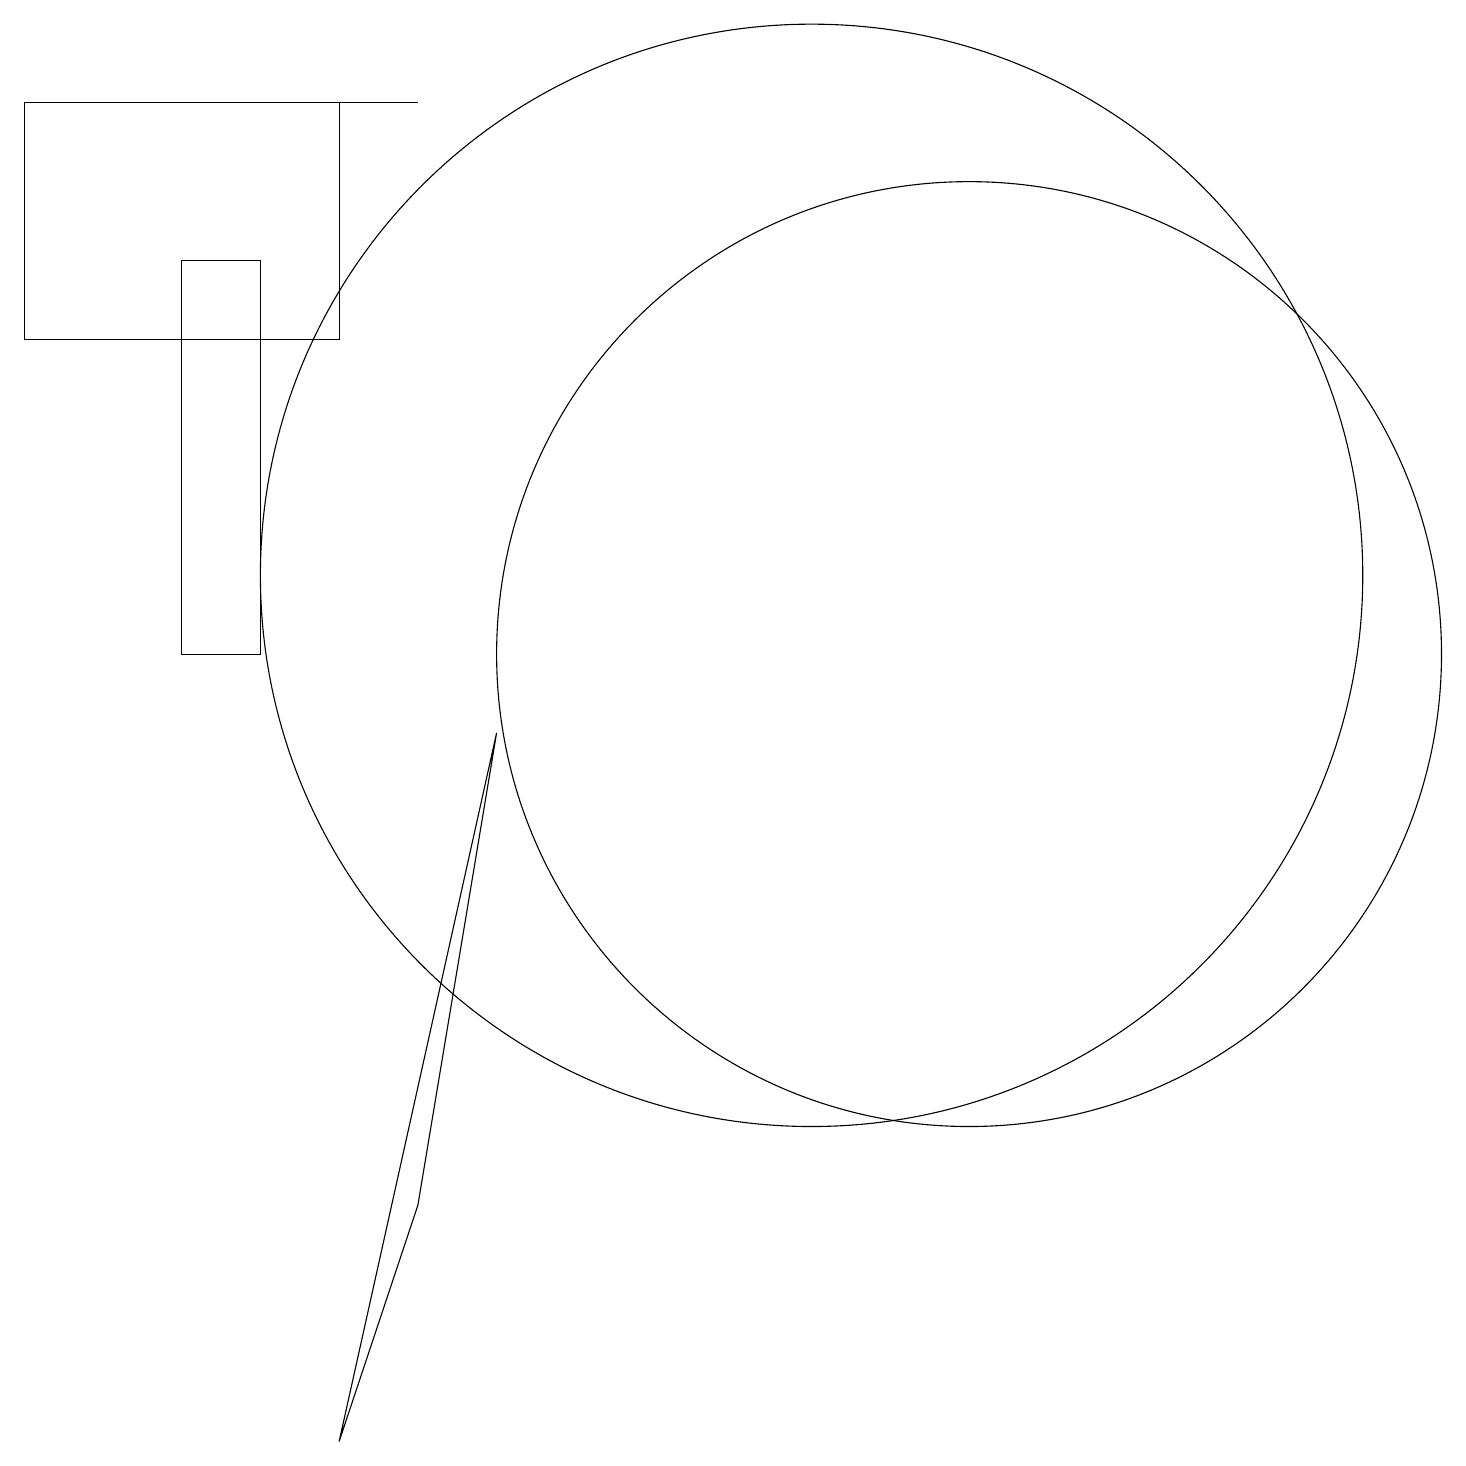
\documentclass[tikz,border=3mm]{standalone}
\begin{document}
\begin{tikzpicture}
\draw (12,10) circle (6);
\draw (2,10) rectangle (3,15);
\draw (2,17) rectangle (5,17);
\draw (4,14) rectangle (0,17);
\draw (4,0) -- (5,3) -- (6,9) -- cycle;
\draw (10,11) circle (7);
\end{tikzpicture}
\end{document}